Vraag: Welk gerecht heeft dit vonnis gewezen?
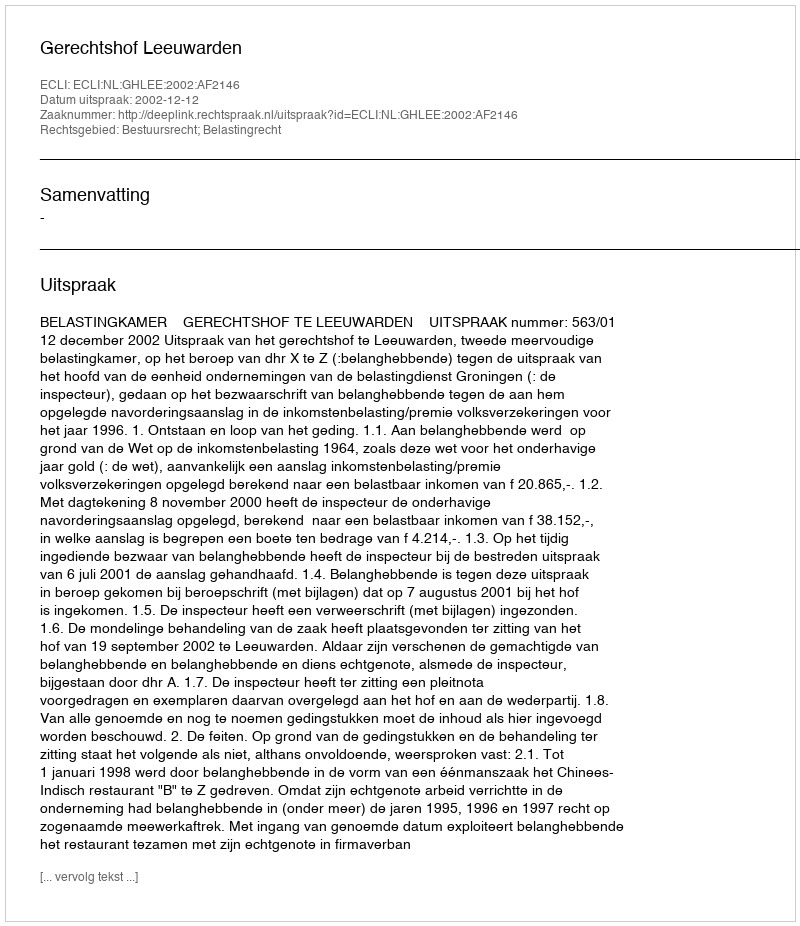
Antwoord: Gerechtshof Leeuwarden